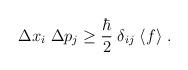
LaTeX: \begin{align*}\Delta x_i \; \Delta p_j \ge \frac{\hbar}{2} \; \delta_{i j} \; \langle f \rangle \; .\end{align*}